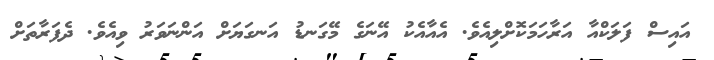
އައިސް ފަލަކްއާ އަރާހަމަކޮށްލިއެވެ. އެއާއެކު އޭނަގެ މޭގަނޑު އަނގަޔަށް އަންނަވަރު ވިއެވެ. ދެފަރާތަށް